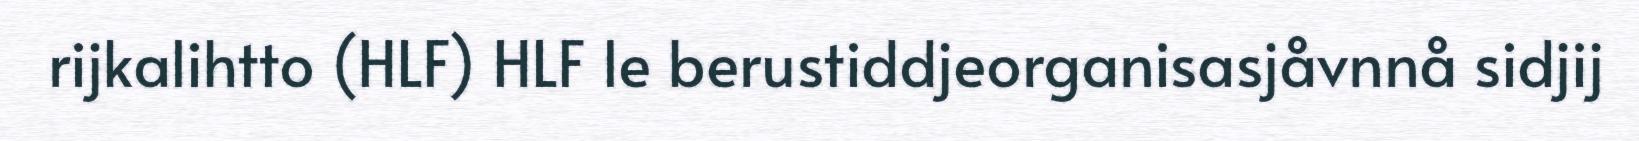
rijkalihtto (HLF) HLF le berustiddjeorganisasjåvnnå sidjij